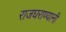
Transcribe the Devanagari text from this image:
राजघराण्यानी